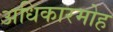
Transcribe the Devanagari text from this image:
अधिकारमोह